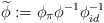
\begin{align*}\widetilde{\phi} :=\phi_{\pi}\phi^{-1}\phi_{id}^{-1}\end{align*}